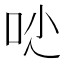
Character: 𠯙